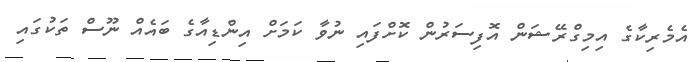
އެމެރިކާގެ އިމިގްރޭޝަން އޮފިސަރުން ކޮށްފައި ނުވާ ކަމަށް އިންޑިއާގެ ބައެއް ނޫސް ތަކުގައި